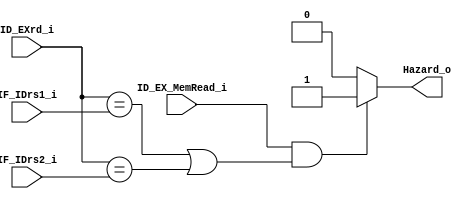
module HazradDetect(
    IF_IDrs1_i,
    IF_IDrs2_i,
    ID_EXrd_i,
    ID_EX_MemRead_i,
    Hazard_o,
);

input ID_EX_MemRead_i;
input [4:0] IF_IDrs1_i, IF_IDrs2_i, ID_EXrd_i;
output Hazard_o;

assign Hazard_o = ((ID_EX_MemRead_i && (ID_EXrd_i == IF_IDrs1_i || ID_EXrd_i == IF_IDrs2_i))? 1'b1 : 1'b0);

endmodule